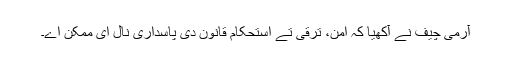
آرمی چیف نے آکھیا کہ امن، ترقی تے استحکام قانون دی پاسداری نال ای ممکن اے۔